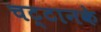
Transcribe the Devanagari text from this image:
चट्टानके